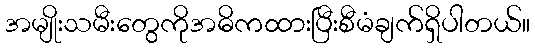
အမျိုးသမီးတွေကိုအဓိကထားပြီးစီမံချက်ရှိပါတယ်။